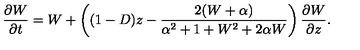
\frac { \partial W } { \partial t } = W + \left( ( 1 - D ) z - \frac { 2 ( W + \alpha ) } { \alpha ^ { 2 } + 1 + W ^ { 2 } + 2 \alpha W } \right) \frac { \partial W } { \partial z } .